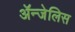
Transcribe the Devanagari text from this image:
ॲन्जेलिस